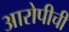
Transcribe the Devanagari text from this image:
आरोपीची